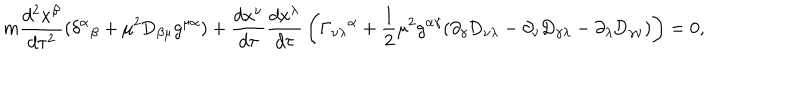
m { \frac { d ^ { 2 } x ^ { \beta } } { d \tau ^ { 2 } } } ( \delta ^ { \alpha } { } _ { \beta } + \mu ^ { 2 } \mathrm { D } _ { \beta \mu } g ^ { \mu \alpha } ) + { \frac { d x ^ { \nu } } { d \tau } } { \frac { d x ^ { \lambda } } { d \tau } } \left( \Gamma _ { \nu \lambda } { } ^ { \alpha } + \frac { 1 } { 2 } \mu ^ { 2 } g ^ { \alpha \gamma } ( \partial _ { \gamma } \mathrm { D } _ { \nu \lambda } - \partial _ { \nu } \mathrm { D } _ { \gamma \lambda } - \partial _ { \lambda } \mathrm { D } _ { \gamma \nu } ) \right) = 0 ,